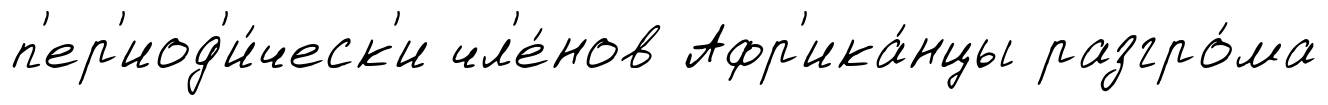
п'ер'иод'и́ческ'и чл'е́нов Афр'ика́нцы разгро́ма